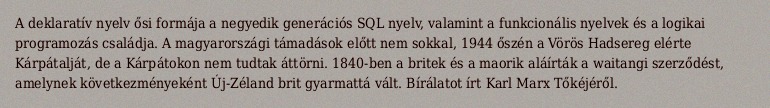
A deklaratív nyelv ősi formája a negyedik generációs SQL nyelv, valamint a funkcionális nyelvek és a logikai programozás családja. A magyarországi támadások előtt nem sokkal, 1944 őszén a Vörös Hadsereg elérte Kárpátalját, de a Kárpátokon nem tudtak áttörni. 1840-ben a britek és a maorik aláírták a waitangi szerződést, amelynek következményeként Új-Zéland brit gyarmattá vált. Bírálatot írt Karl Marx Tőkéjéről.